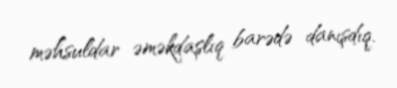
məhsuldar əməkdaşlıq barədə danışdıq.